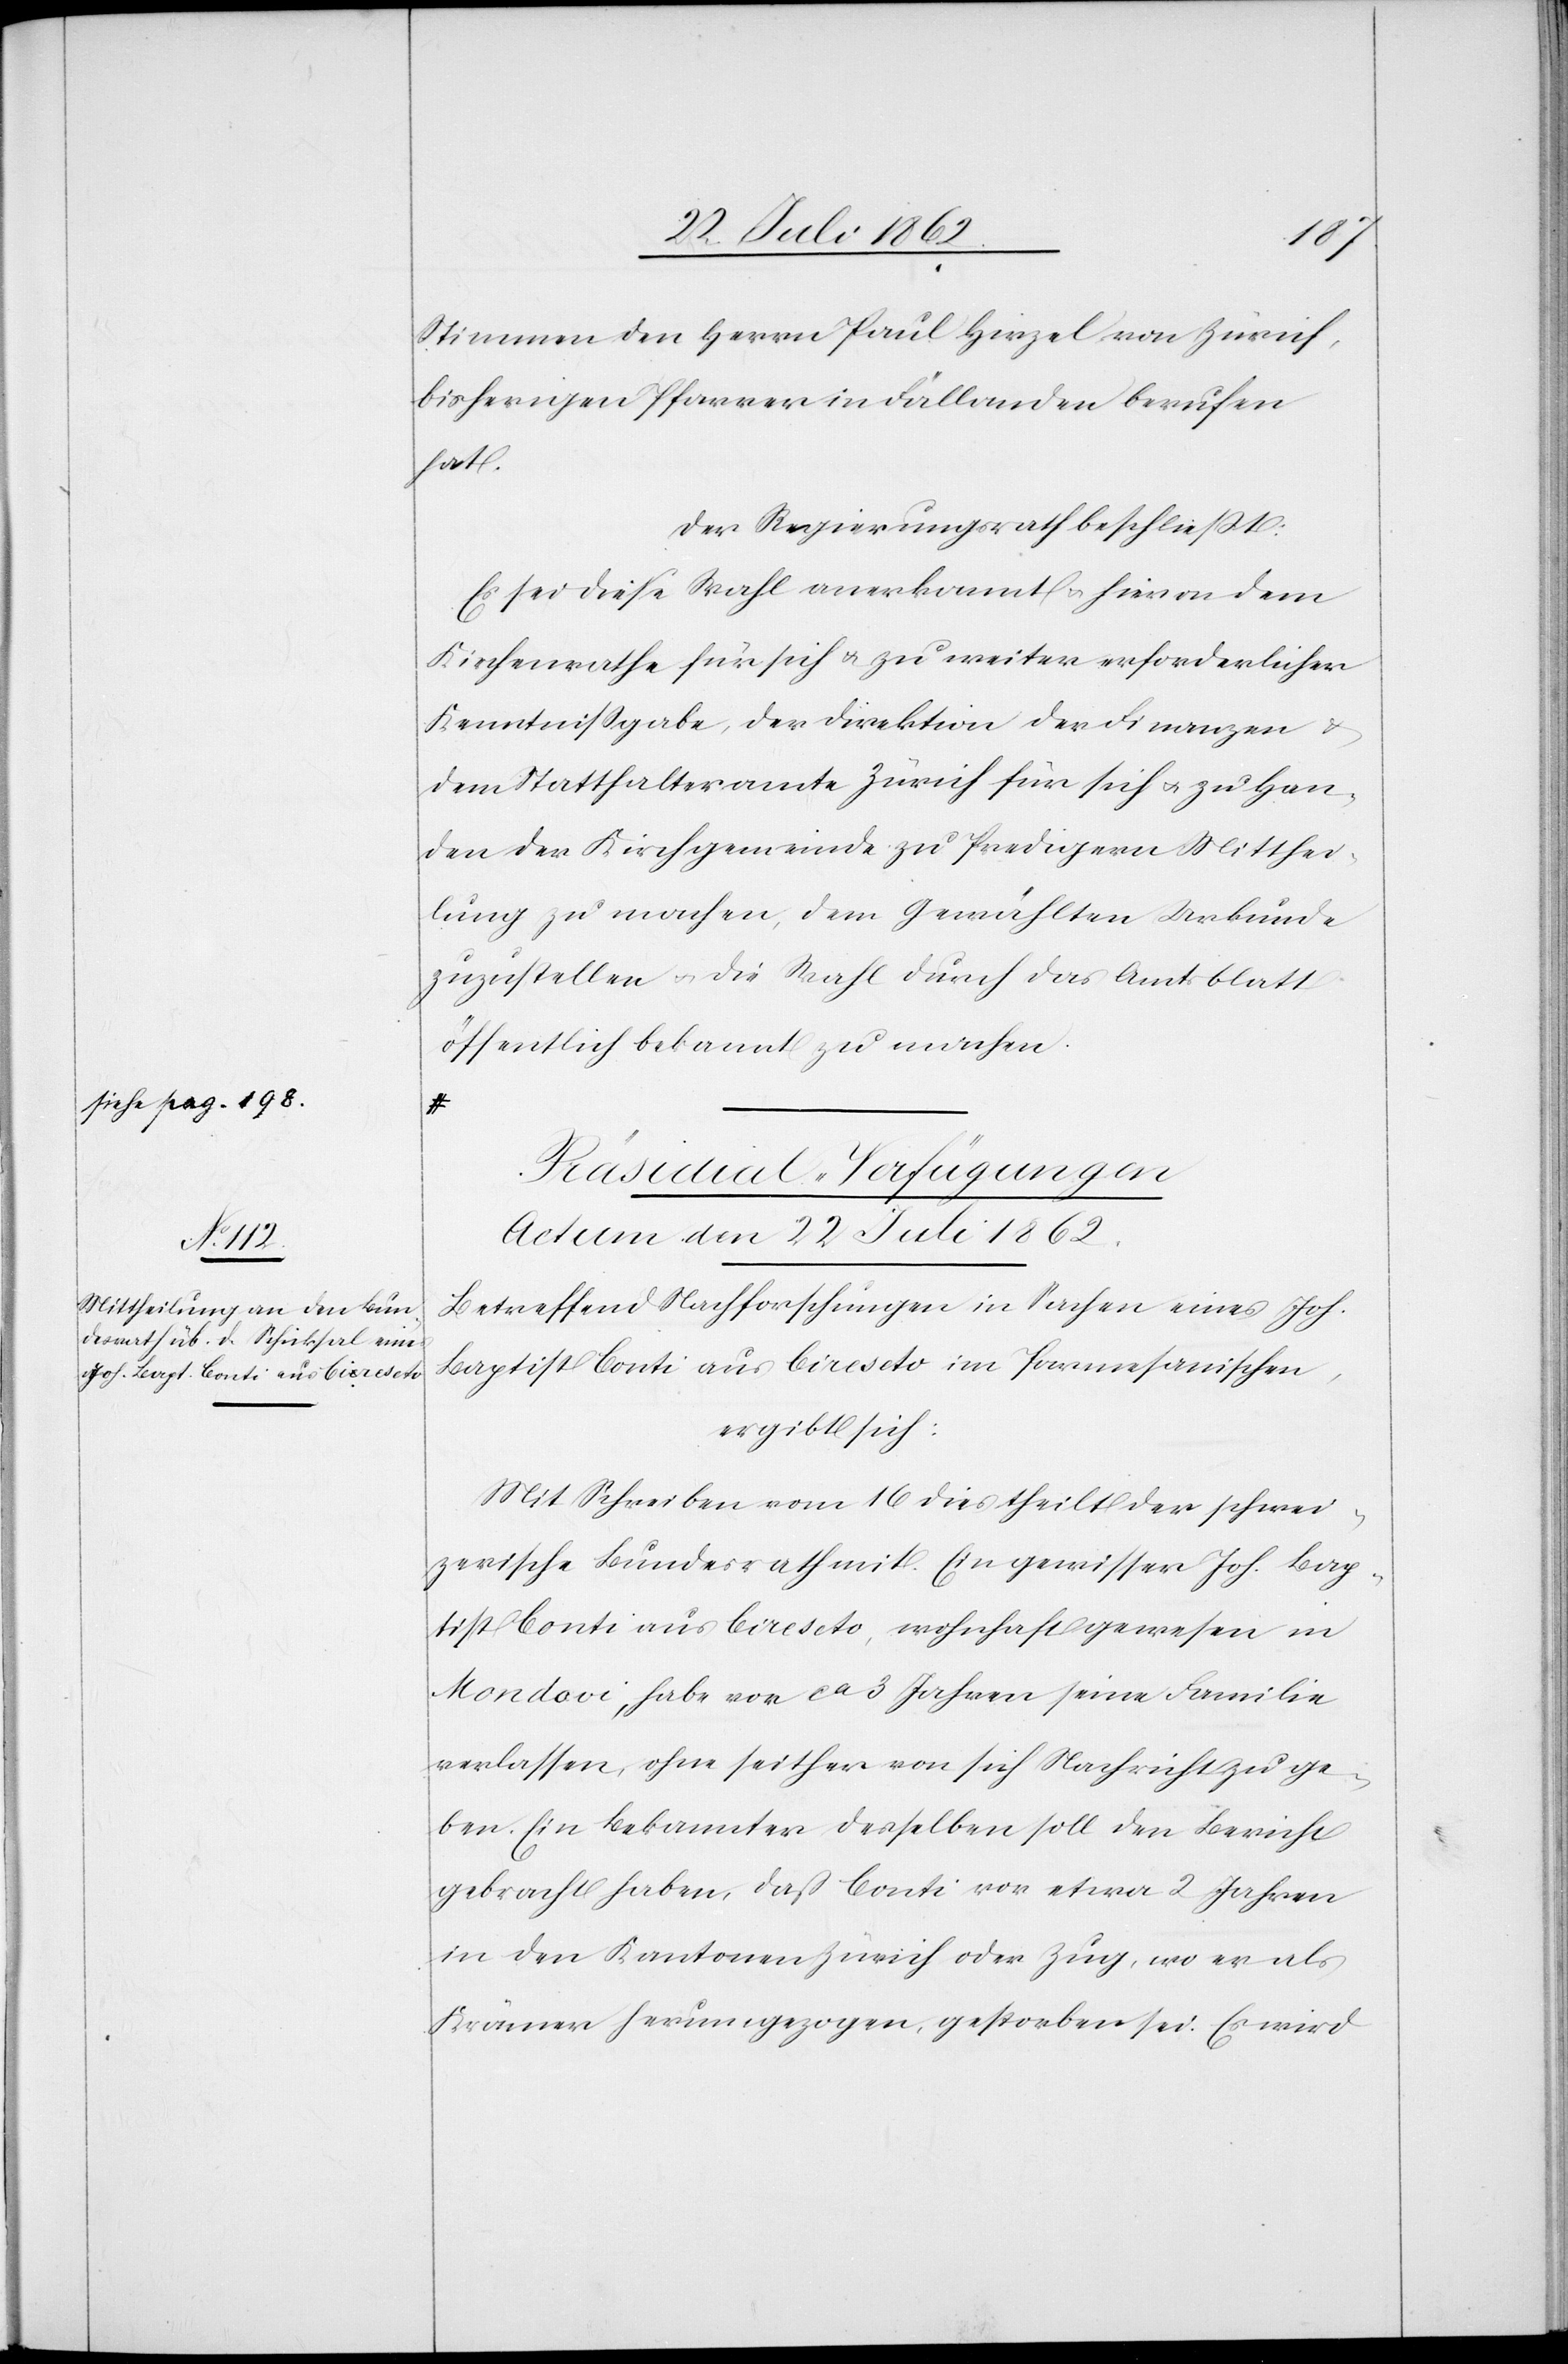
Stimmen den Herrn Paul Hirzel von Zürich,
bisherigen Pfarrer in Fällanden berufen
hat.
Der Regierungsrath beschließt:
Es sei diese Wahl anerkannt u. hievon dem
Kirchenrathe für sich u. zu weiter erforderlicher
Kenntnißgabe, der Direktion der Finanzen u.
dem Statthalteramte Zürich für sich u. zu Han¬
den der Kirchgemeinde zu Predigern Mitthei¬
lung zu machen, dem Gewählten Urkunde
zuzustellen u. die Wahl durch das Amtsblatt
Präsidial-Verfügungen.
machen.
Actum den 22. Juli 1862.
Betreffend Nachforschungen in Sachen eines Joh.
Baptist Conti aus Cirescto im Parmesanischen,
ergibt sich:
Mit Schreiben vom 16. dies theilt der schwei¬
zerische Bundesrath mit. Ein gewisser Joh. Bap¬
tist Conti aus Cirescto, wohnhaft gewesen in
Mondovi, habe vor ca 3 Jahren seine Familie
verlassen, ohne seither von sich Nachricht zu ge¬
ben. Ein Bekannter desselben soll den Bericht
gebracht haben, daß Conti vor etwa 2 Jahren
in den Kantonen Zürich oder Zug, wo er als
Krämer herumgezogen, gestorben sei. Es wird